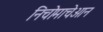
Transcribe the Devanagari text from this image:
निचोमाचेआन